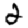
Digit: 2